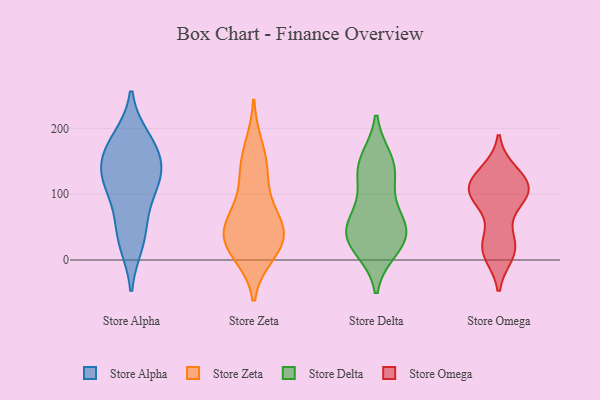
{"axis": {"x": "Bounce Rate (%)", "y": "Value"}, "legend": ["Store Alpha", "Store Delta", "Store Omega", "Store Zeta"], "data": [{"x": "", "y": 183, "type": "Store Alpha"}, {"x": "", "y": 77, "type": "Store Alpha"}, {"x": "", "y": 26, "type": "Store Alpha"}, {"x": "", "y": 140, "type": "Store Alpha"}, {"x": "", "y": 116, "type": "Store Alpha"}, {"x": "", "y": 38, "type": "Store Alpha"}, {"x": "", "y": 174, "type": "Store Alpha"}, {"x": "", "y": 127, "type": "Store Alpha"}, {"x": "", "y": 165, "type": "Store Alpha"}, {"x": "", "y": 124, "type": "Store Alpha"}, {"x": "", "y": 45, "type": "Store Zeta"}, {"x": "", "y": 136, "type": "Store Zeta"}, {"x": "", "y": 36, "type": "Store Zeta"}, {"x": "", "y": 10, "type": "Store Zeta"}, {"x": "", "y": 62, "type": "Store Zeta"}, {"x": "", "y": 43, "type": "Store Zeta"}, {"x": "", "y": 29, "type": "Store Zeta"}, {"x": "", "y": 172, "type": "Store Zeta"}, {"x": "", "y": 133, "type": "Store Zeta"}, {"x": "", "y": 16, "type": "Store Zeta"}, {"x": "", "y": 81, "type": "Store Zeta"}, {"x": "", "y": 45, "type": "Store Delta"}, {"x": "", "y": 39, "type": "Store Delta"}, {"x": "", "y": 51, "type": "Store Delta"}, {"x": "", "y": 139, "type": "Store Delta"}, {"x": "", "y": 71, "type": "Store Delta"}, {"x": "", "y": 43, "type": "Store Delta"}, {"x": "", "y": 17, "type": "Store Delta"}, {"x": "", "y": 152, "type": "Store Delta"}, {"x": "", "y": 114, "type": "Store Delta"}, {"x": "", "y": 143, "type": "Store Delta"}, {"x": "", "y": 21, "type": "Store Delta"}, {"x": "", "y": 110, "type": "Store Omega"}, {"x": "", "y": 14, "type": "Store Omega"}, {"x": "", "y": 124, "type": "Store Omega"}, {"x": "", "y": 103, "type": "Store Omega"}, {"x": "", "y": 19, "type": "Store Omega"}, {"x": "", "y": 107, "type": "Store Omega"}, {"x": "", "y": 101, "type": "Store Omega"}, {"x": "", "y": 97, "type": "Store Omega"}, {"x": "", "y": 20, "type": "Store Omega"}, {"x": "", "y": 10, "type": "Store Omega"}, {"x": "", "y": 105, "type": "Store Omega"}, {"x": "", "y": 29, "type": "Store Omega"}, {"x": "", "y": 126, "type": "Store Omega"}, {"x": "", "y": 133, "type": "Store Omega"}, {"x": "", "y": 89, "type": "Store Omega"}]}